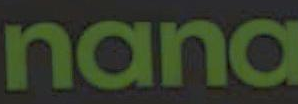
nana